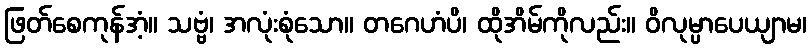
ဖြတ်စေကုန်အံ့။ သဗ္ဗံ၊ အလုံးစုံသော။ တဂေဟံပိ၊ ထိုအိမ်ကိုလည်း။ ဝိလုမ္ပာပေယျာမ၊